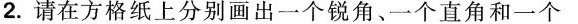
2.请在方格纸上分别画出一个锐角、一个直角和一个